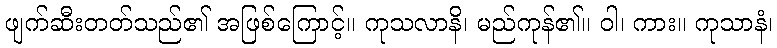
ဖျက်ဆီးတတ်သည်၏ အဖြစ်ကြောင့်။ ကုသလာနိ၊ မည်ကုန်၏။ ဝါ၊ ကား။ ကုသာနံ၊